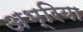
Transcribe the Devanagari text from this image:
अभ्रिया